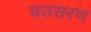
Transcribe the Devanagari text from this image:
चउसरण